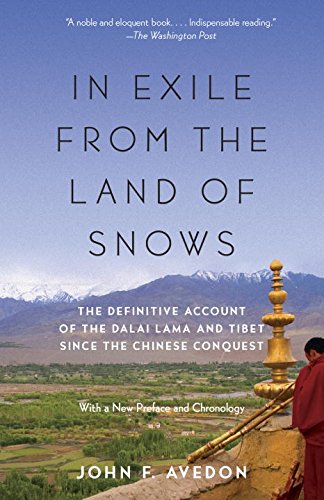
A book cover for In Exile from the Land of Snows: The Definitive Account of the Dalai Lama and Tibet Since the Chinese Conquest; John Avedon; Religion & Spirituality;